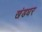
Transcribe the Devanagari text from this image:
खंडधर